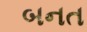
બનત